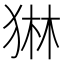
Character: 𭸓